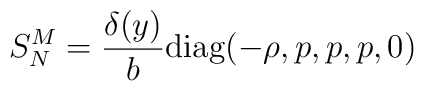
S^M_N = \frac{\delta(y)}{b} \mbox{diag}(-\rho, p, p, p, 0)